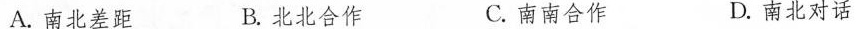
A.南北差距 B.北北合作 C.南南合作 D.南北对话